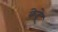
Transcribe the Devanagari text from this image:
केद्रे